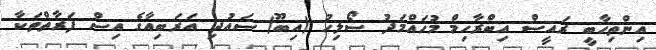
އިންތިޚާބީ ރައީސް އިބްރާހިމް މުހައްމަދު ސޯލިހު (އިބޫ) ސައުދި އަރަބިއާގެ އިސް ފަރާތްތަކާ